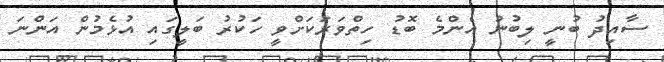
ސާއިދު ބުނީ ލިބުނު އެންމެ ބޮޑު ހިތްވަރަކަށްވީ ހަކުރު ބަލީގައި އުޅެމުން އަންނަ